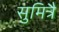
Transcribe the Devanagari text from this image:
सुमित्रै